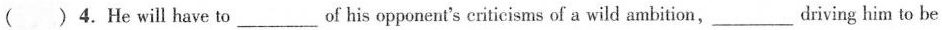
( )4.He will have to___ of his opponen's eriticisms of a wild ambition，___diving him to be